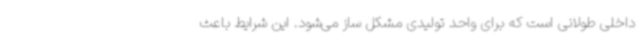
داخلی طولانی است که برای واحد تولیدی مشکل ساز می‌شود. این شرایط باعث